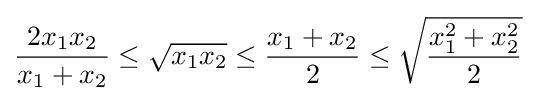
{\frac {2x_{1}x_{2}}{x_{1}+x_{2}}}\leq {\sqrt {x_{1}x_{2}}}\leq {\frac {x_{1}+x_{2}}{2}}\leq {\sqrt {\frac {x_{1}^{2}+x_{2}^{2}}{2}}}